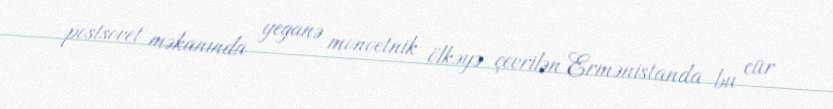
postsovet məkanında yeganə monoetnik ölkəyə çevrilən Ermənistanda bu cür